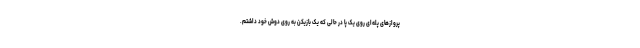
پروازهای پله‌ای روی یک پا در حالی که یک بازیکن به روی دوش خود داشتم.